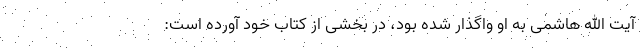
آیت الله هاشمی به او واگذار شده بود، در بخشی از کتاب خود آورده است: